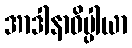
အာဒါနာဓိပ္ပါယာ